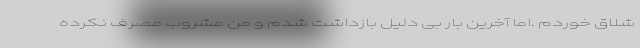
شلاق خوردم .اما آخرین بار بی دلیل بازداشت شدم و من مشروب مصرف نکرده